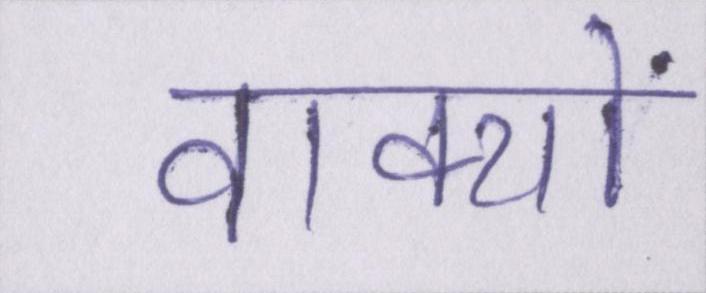
वाक्यों